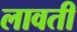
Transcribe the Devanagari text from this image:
लावती